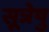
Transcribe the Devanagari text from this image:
सूत्रेषु